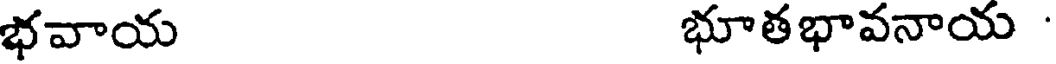
భవాయ భూతభావనాయ